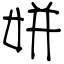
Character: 姘